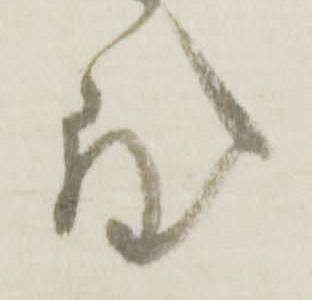
致